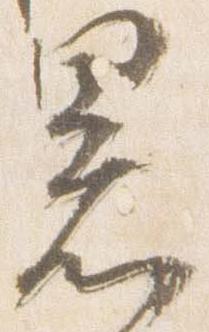
署